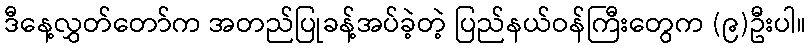
ဒီနေ့လွှတ်တော်က အတည်ပြုခန့်အပ်ခဲ့တဲ့ ပြည်နယ်ဝန်ကြီးတွေက (၉)ဦးပါ။